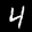
Label: 4